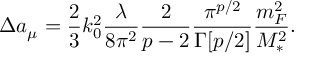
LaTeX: \Delta a _ { \mu } = \frac { 2 } { 3 } k _ { 0 } ^ { 2 } \frac { \lambda } { 8 \pi ^ { 2 } } \frac { 2 } { p - 2 } \frac { \pi ^ { p / 2 } } { \Gamma [ p / 2 ] } \frac { m _ { F } ^ { 2 } } { M _ { * } ^ { 2 } } .